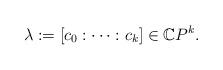
LaTeX: \begin{align*}\lambda:=[c_0:\cdots:c_{k}]\in{\mathbb C}P^{k}.\end{align*}